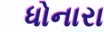
ધોનારા